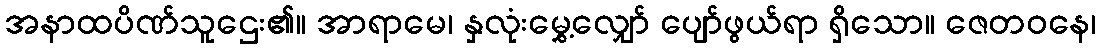
အနာထပိဏ်သူဌေး၏။ အာရာမေ၊ နှလုံးမွှေ့လျှော် ပျော်ဖွယ်ရာ ရှိသော။ ဇေတဝနေ၊